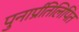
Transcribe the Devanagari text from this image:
पुनार्प्रतिलिपित